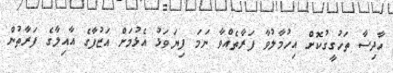
ހާދިސާ ތަހުގީގުކޮށް އިހުމާލުވާ ފަރާތެއްވާ ނަމަ ފިޔަވަޅު އެޅުމަށް އަޒުފާގެ އާއިލާގެ ފަރާތުން